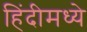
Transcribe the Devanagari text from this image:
हिंंदीमध्ये